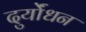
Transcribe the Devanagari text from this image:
दुर्योंधन